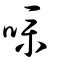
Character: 噗